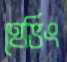
হেভিং